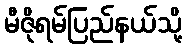
မီဇိုရမ်ပြည်နယ်သို့